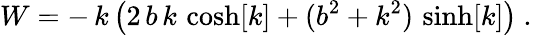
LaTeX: W=-\, k\, \big(2\, b\, k\, \cosh[k]+(b^{2}+k^{2})\, \sinh[k]\big)\ .\